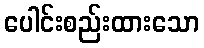
ပေါင်းစည်းထားသော